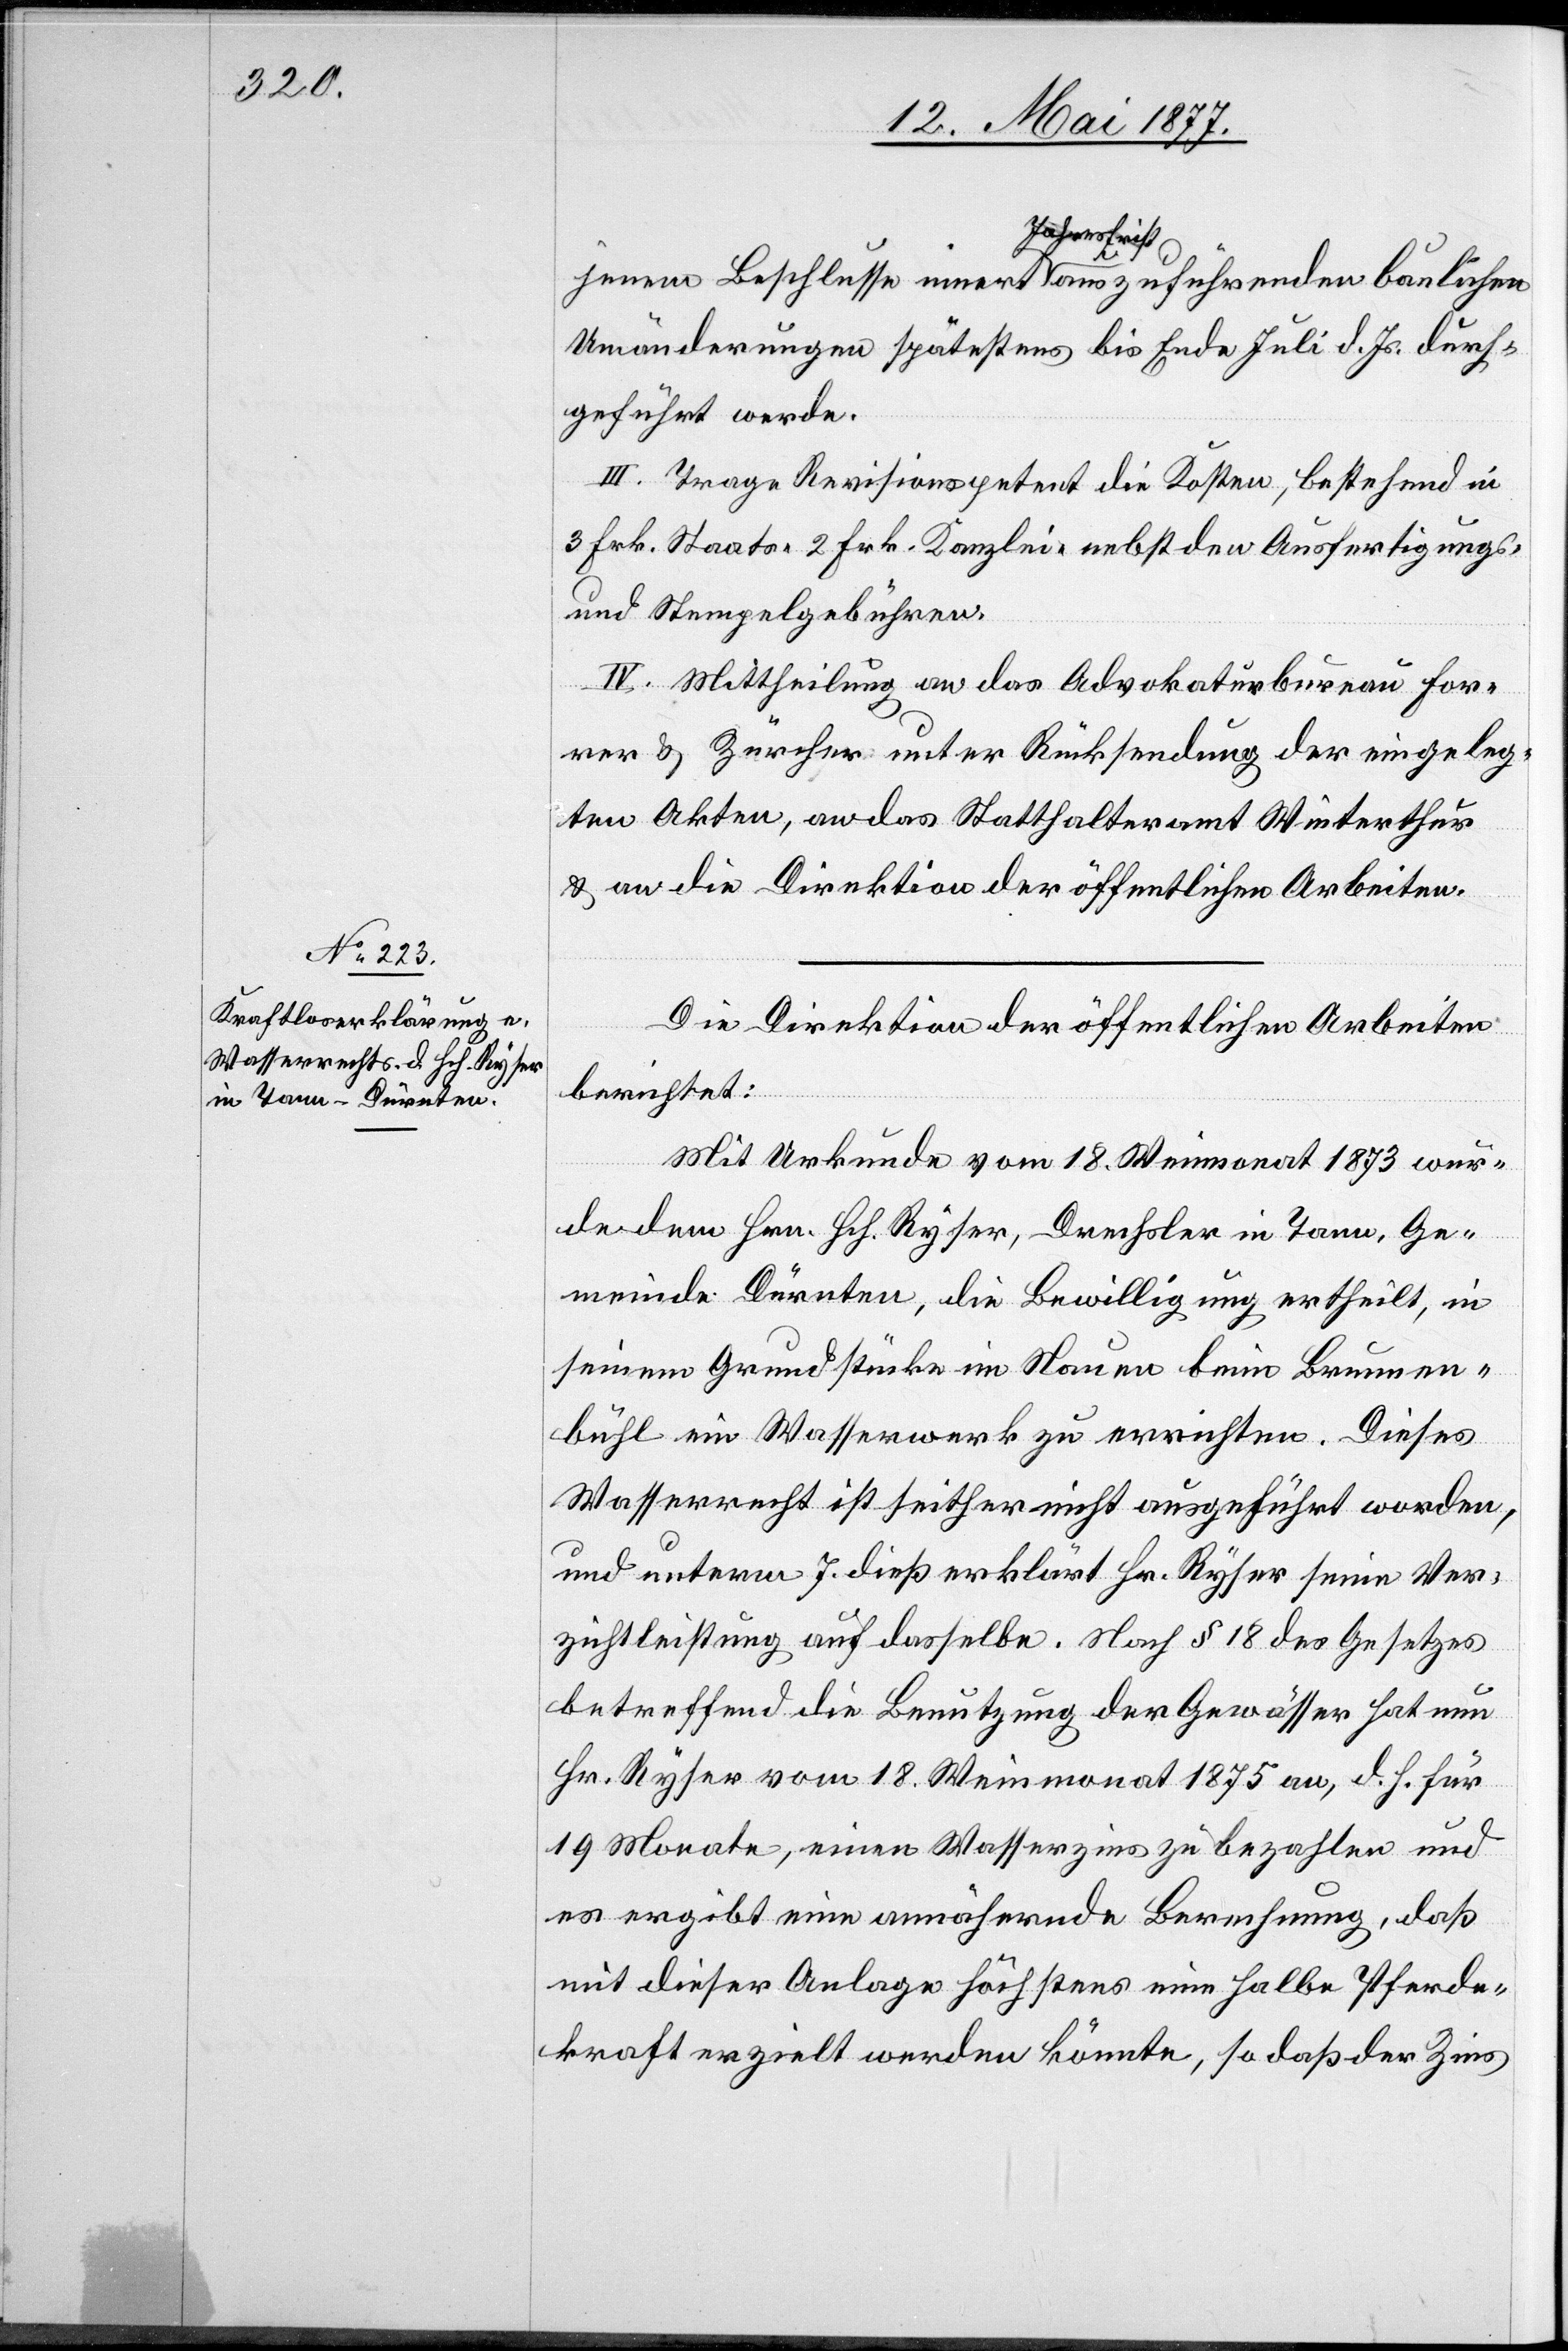
jenem Beschlusse innert Jahresfrist auszuführenden baulichen
Umänderungen spätestens bis Ende Juli d. Js. durch¬
geführt werde[n].
III. Trage Revisionspetent die Kosten, bestehend in
3 Frk. Staats- 2 Frk. Kanzlei- nebst den Ausfertigungs-
und Stempelgebühren.
IV. Mittheilung an das Advokaturbureau For¬
rer & Zürcher unter Rücksendung der eingeleg¬
ten Akten an das Statthalteramt Winterthur
& an die Direktion der öffentlichen Arbeiten.
Die Direktion der öffentlichen Arbeiten
berichtet:
Mit Urkunde vom 18. Weinmonat 1873 wur¬
de dem Hrn. Hch. Ryser, Drechsler in Tann, Ge¬
meinde Dürnten, die Bewilligung ertheilt, in
seinem Grundstücke im Nauen beim Brunnen¬
bühl ein Wasserwerk zu errichten. Dieses
Wasserrecht ist seither nicht ausgeführt worden,
und unterm 7. dieß erklärt Hr. Ryser seine Ver¬
zichtleistung auf dasselbe. Nach § 18 des Gesetzes
betreffend die Benutzung der Gewässer hat nun
Hr. Ryser vom 18. Weinmonat 1875 an, d. h. für
19 Monate, einen Wasserzins zu bezahlen und
es ergibt eine annähernde Berechnung, daß
mit dieser Anlage höchstens eine halbe Pferde¬
kraft erzielt werden könnte, so daß der Zins